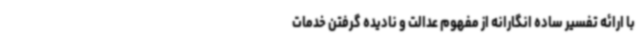
با ارائه تفسیر ساده انگارانه از مفهوم عدالت و نادیده گرفتن خدمات